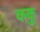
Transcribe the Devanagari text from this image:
ककु